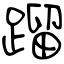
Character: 蹓